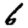
Digit: 6